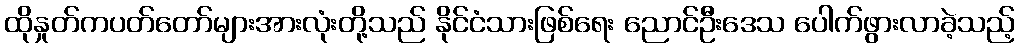
ထိုနှုတ်ကပတ်တော်များအားလုံးတို့သည် နိုင်ငံသားဖြစ်ရေး ညောင်ဦးဒေသ ပေါက်ဖွားလာခဲ့သည့်